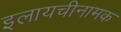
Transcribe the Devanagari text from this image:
इलायचीनामक